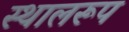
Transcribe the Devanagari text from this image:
स्थालरूप